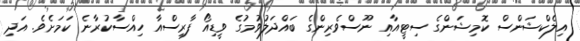
އިލެކްޝަންސް ކޮމިޝަންގެ ސިޓީއާއި ނޫސްވެރިންގެ ބައްދަލުވުމުގެ ވީޑިއޯ ފާރިސްއާ ހިއްސާކުރާނެ ކަމަށެވެ. އަދި